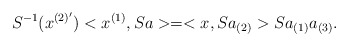
\begin{align*}S^{-1}(x^{(2)'})<x^{(1)},S a> = <x , S a_{(2)}> S a_{(1)} a_{(3)}.\end{align*}